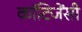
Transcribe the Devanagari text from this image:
कॉटिजेंसी